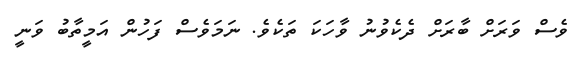
ވެސް ވަރަށް ބާރަށް ދެކެވުނު ވާހަކަ ތަކެވެ. ނަމަވެސް ފަހުން އަމީތާބު ވަނީ